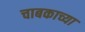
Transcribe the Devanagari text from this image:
चाबकाच्या